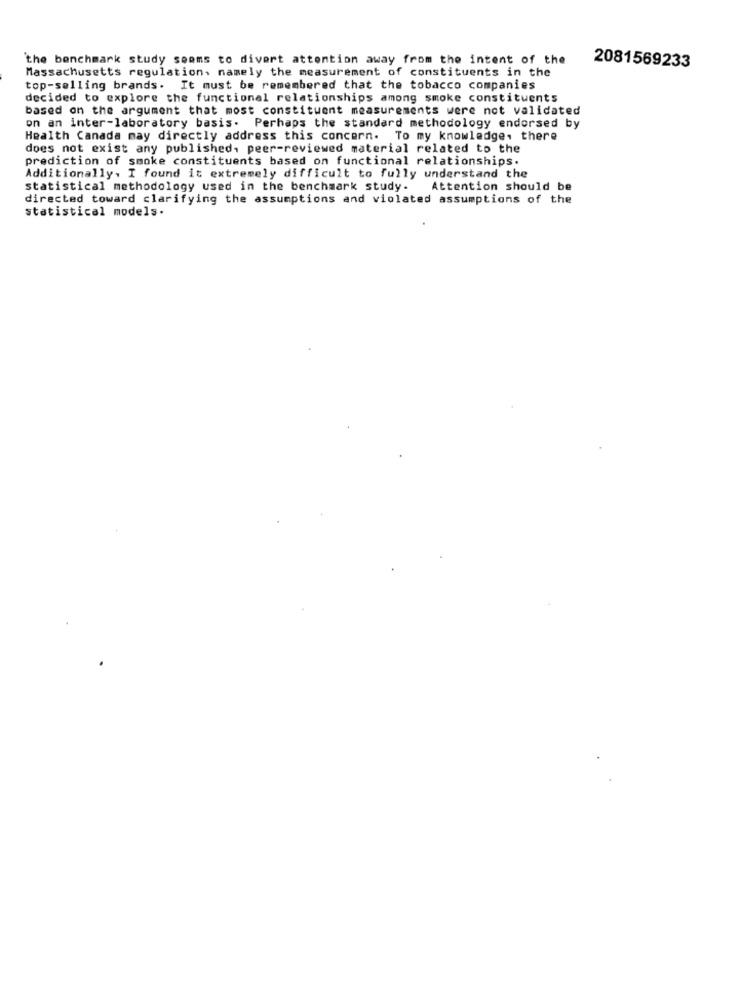
the benchmark study seems to divert attention away from the intent of the
Massachusetts regulation, namely the measurement of constituents in the
2081569233
top-selling brands. It must be remembered that the tobacco companies
decided to explore the functional relationships among smoke constituents
based on the argument that most constituent measurements were not validated
on an inter-laboratory basis. Perhaps the standard methodology endorsed by
Health Canada may directly address this concern. To my knowledge, there
does not exist any published, peer-reviewed material related to the
prediction of smoke constituents based on functional relationships.
Additionally, I found it extremely difficult to fully understand the
statistical methodology used in the benchmark study.
Attention should be
directed toward clarifying the assumptions and violated assumptions of the
statistical models.